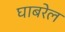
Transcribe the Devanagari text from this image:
घाबरेल